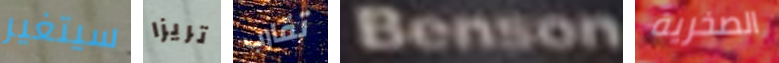
سيتغير تريزا تقارب Benson الصخرية